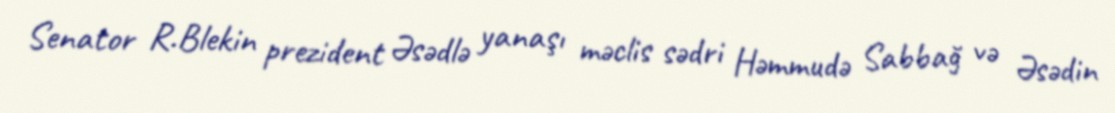
Senator R.Blekin prezident Əsədlə yanaşı məclis sədri Həmmudə Sabbağ və Əsədin